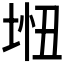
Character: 𫭵